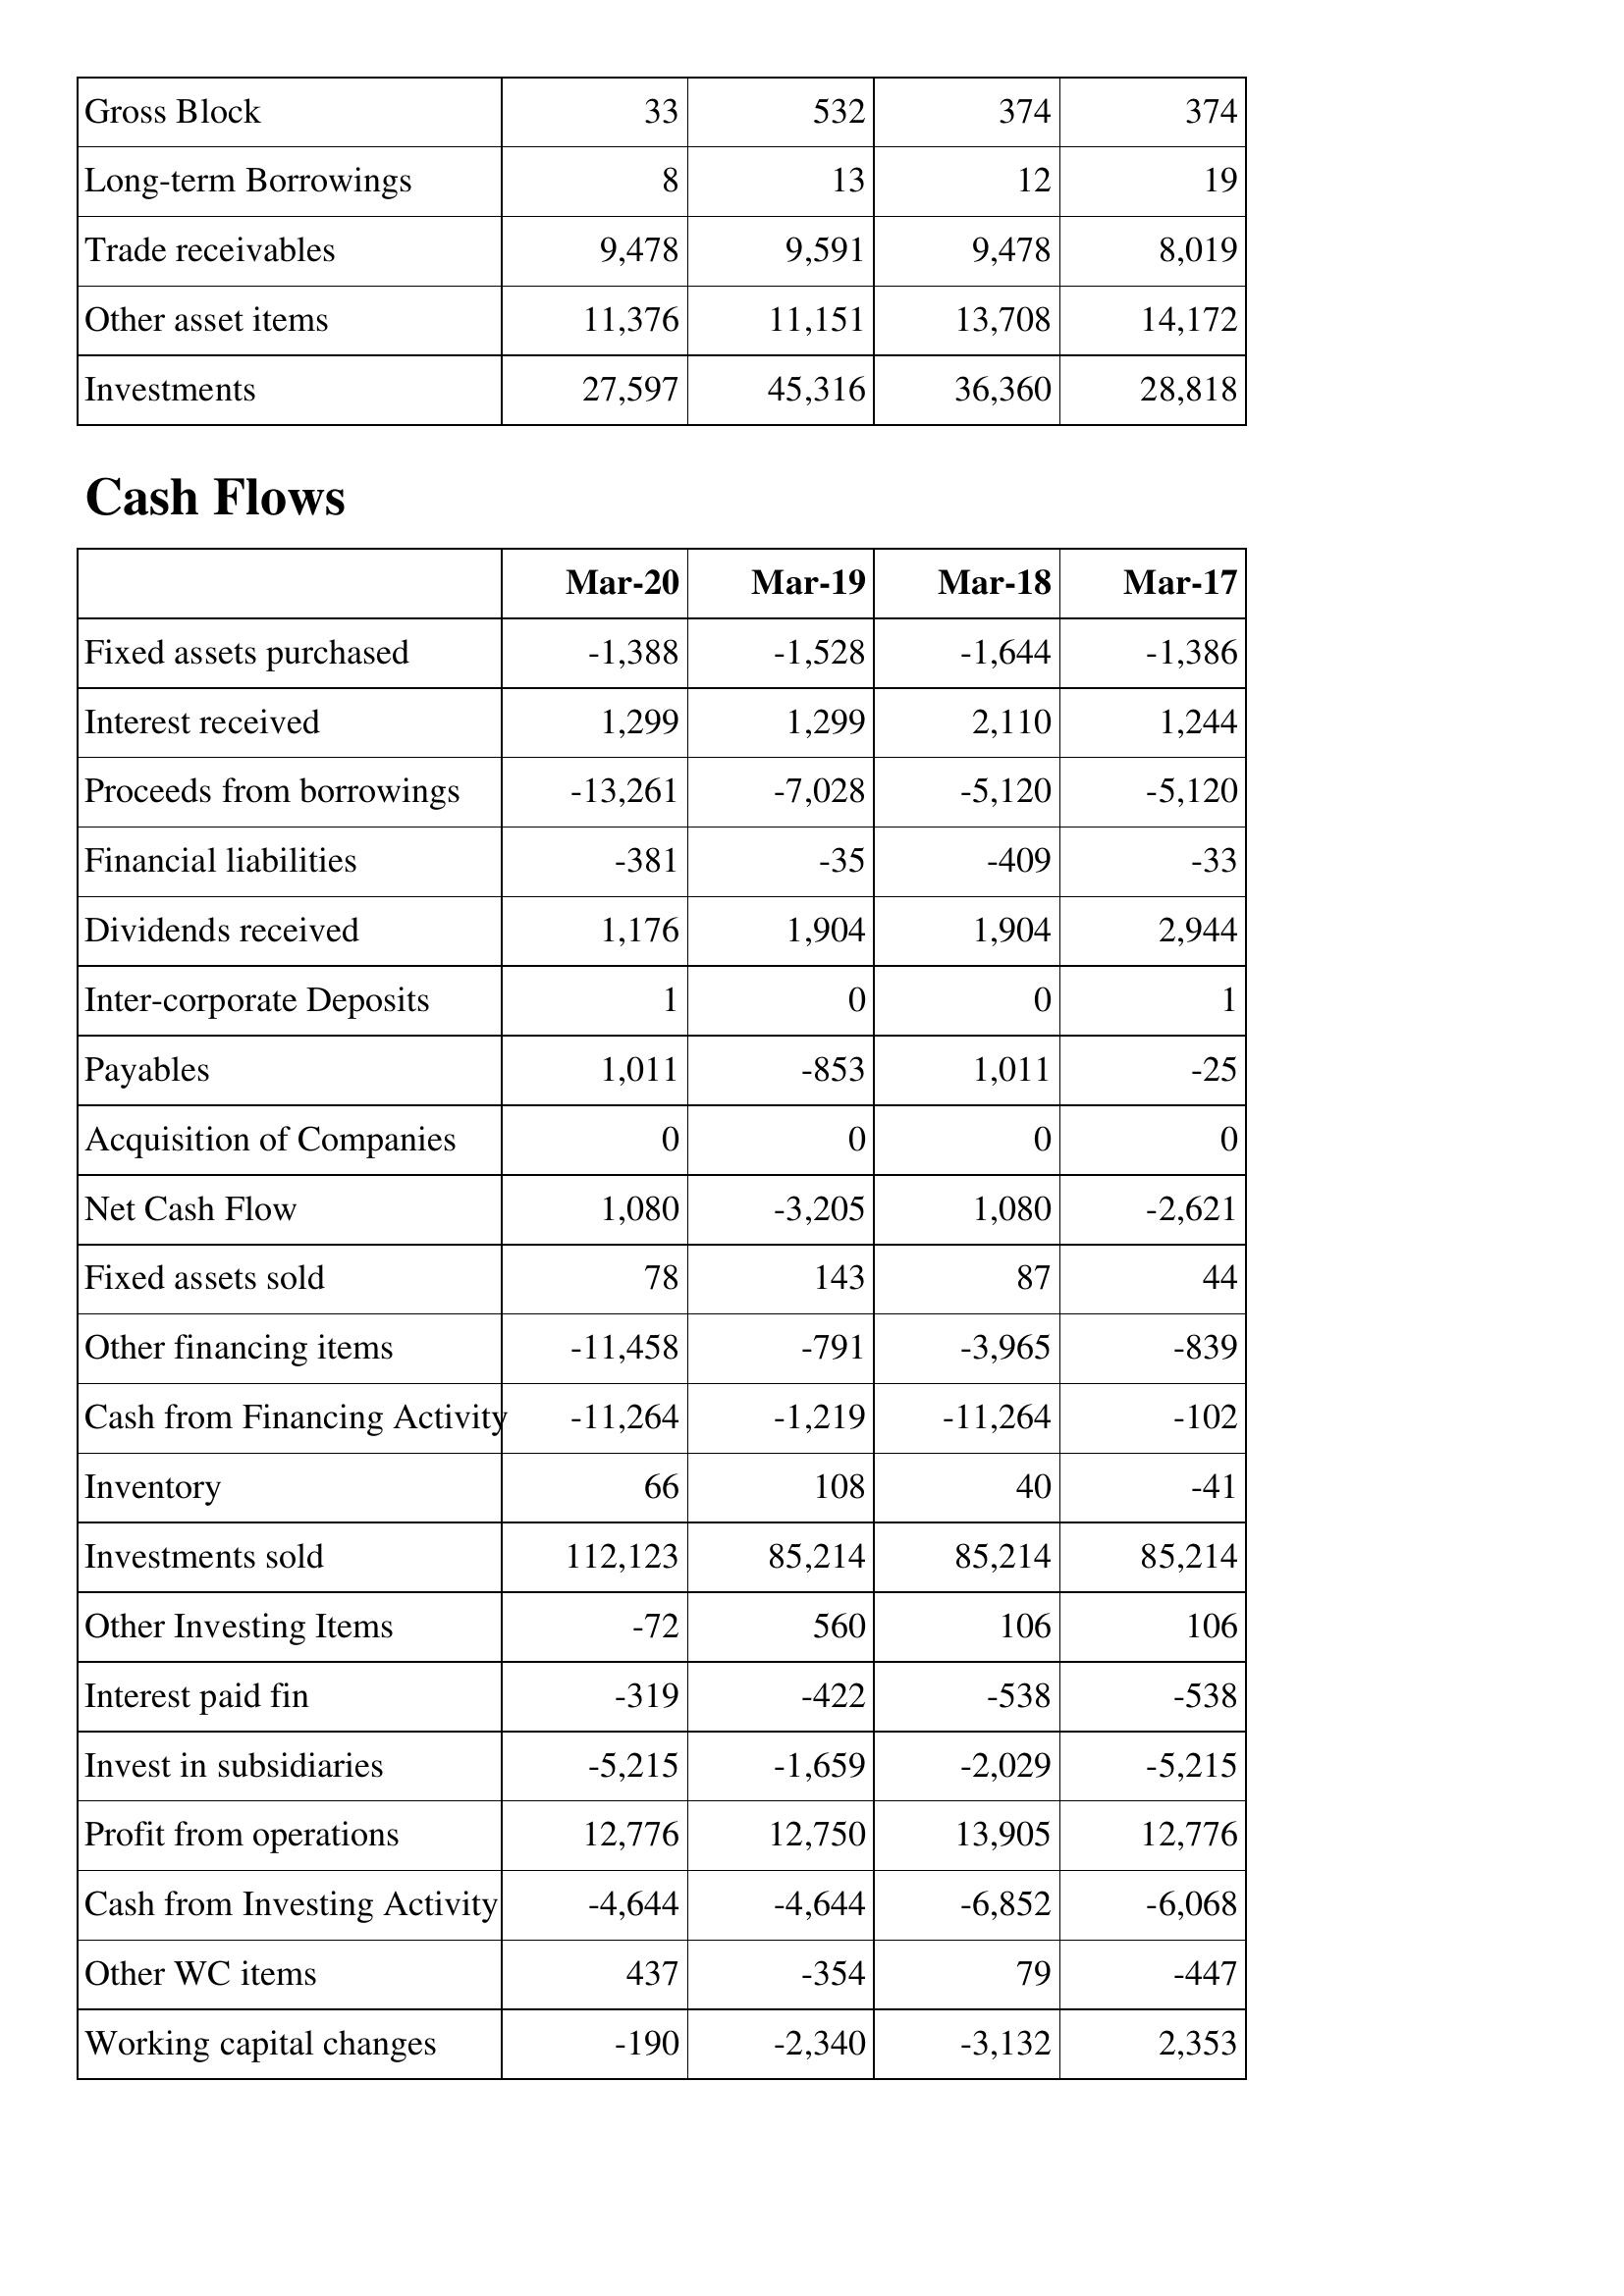
Mar-20: Balance Sheet: Gross Block: 33
Long-term Borrowings: 8
Trade receivables: 9,478
Other asset items: 11,376
Investments: 27,597
Cash Flows: Fixed assets purchased: -1,388
Interest received: 1,299
Proceeds from borrowings: -13,261
Financial liabilities: -381
Dividends received: 1,176
Inter-corporate Deposits: 1
Payables: 1,011
Acquisition of Companies: 0
Net Cash Flow: 1,080
Fixed assets sold: 78
Other financing items: -11,458
Cash from Financing Activity: -11,264
Inventory: 66
Investments sold: 112,123
Other Investing Items: -72
Interest paid fin: -319
Invest in subsidiaries: -5,215
Profit from operations: 12,776
Cash from Investing Activity: -4,644
Other WC items: 437
Working capital changes: -190
Mar-19: Balance Sheet: Gross Block: 532
Long-term Borrowings: 13
Trade receivables: 9,591
Other asset items: 11,151
Investments: 45,316
Cash Flows: Fixed assets purchased: -1,528
Interest received: 1,299
Proceeds from borrowings: -7,028
Financial liabilities: -35
Dividends received: 1,904
Inter-corporate Deposits: 0
Payables: -853
Acquisition of Companies: 0
Net Cash Flow: -3,205
Fixed assets sold: 143
Other financing items: -791
Cash from Financing Activity: -1,219
Inventory: 108
Investments sold: 85,214
Other Investing Items: 560
Interest paid fin: -422
Invest in subsidiaries: -1,659
Profit from operations: 12,750
Cash from Investing Activity: -4,644
Other WC items: -354
Working capital changes: -2,340
Mar-18: Balance Sheet: Gross Block: 374
Long-term Borrowings: 12
Trade receivables: 9,478
Other asset items: 13,708
Investments: 36,360
Cash Flows: Fixed assets purchased: -1,644
Interest received: 2,110
Proceeds from borrowings: -5,120
Financial liabilities: -409
Dividends received: 1,904
Inter-corporate Deposits: 0
Payables: 1,011
Acquisition of Companies: 0
Net Cash Flow: 1,080
Fixed assets sold: 87
Other financing items: -3,965
Cash from Financing Activity: -11,264
Inventory: 40
Investments sold: 85,214
Other Investing Items: 106
Interest paid fin: -538
Invest in subsidiaries: -2,029
Profit from operations: 13,905
Cash from Investing Activity: -6,852
Other WC items: 79
Working capital changes: -3,132
Mar-17: Balance Sheet: Gross Block: 374
Long-term Borrowings: 19
Trade receivables: 8,019
Other asset items: 14,172
Investments: 28,818
Cash Flows: Fixed assets purchased: -1,386
Interest received: 1,244
Proceeds from borrowings: -5,120
Financial liabilities: -33
Dividends received: 2,944
Inter-corporate Deposits: 1
Payables: -25
Acquisition of Companies: 0
Net Cash Flow: -2,621
Fixed assets sold: 44
Other financing items: -839
Cash from Financing Activity: -102
Inventory: -41
Investments sold: 85,214
Other Investing Items: 106
Interest paid fin: -538
Invest in subsidiaries: -5,215
Profit from operations: 12,776
Cash from Investing Activity: -6,068
Other WC items: -447
Working capital changes: 2,353